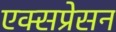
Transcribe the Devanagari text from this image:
एक्सप्रेसन